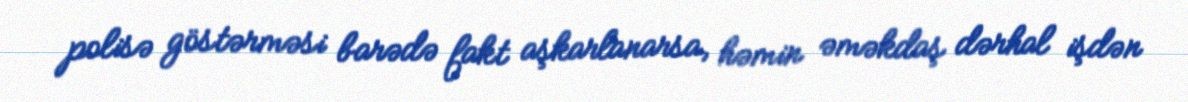
polisə göstərməsi barədə fakt aşkarlanarsa, həmin əməkdaş dərhal işdən